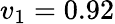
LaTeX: v_{1}=0.92